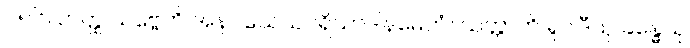
၂၅၆။ တတ္ထ သဗ္ဗေတိ အနဝသေသပရိယာဒါနမေတံ။ သတ္တာတိ ရူပါဒီသု ခန္ဓေသု